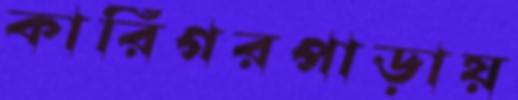
কারিগরপাড়ায়